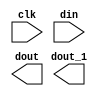
module gen_pipe_1
	#(
	parameter PIPE_WIDTH   = 9'd32,
		  PIPE_DEPTH   = 5'd4
	)
	(
	input				clk,
	input	[PIPE_WIDTH -1 :0]	din,
	output	[PIPE_WIDTH -1 :0]	dout_1,
	output	[PIPE_WIDTH -1 :0]	dout
	);

	reg	[PIPE_WIDTH - 1:0]	pipe_reg [PIPE_DEPTH - 1:0];
	reg	[9:0]	n;



	always @(posedge clk) begin
		for(n=(PIPE_DEPTH[9:0] - 10'h1); n!=10'h0; n=n-10'h1)
			pipe_reg[n] <= pipe_reg[n-1];
		pipe_reg[0] <= din;;
	end

	assign dout = pipe_reg[PIPE_DEPTH - 1];
	assign dout_1 = pipe_reg[PIPE_DEPTH - 2];

endmodule